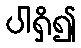
ပါရှိ၍